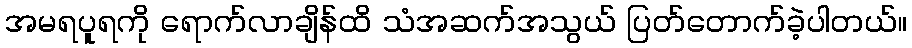
အမရပူရကို ရောက်လာချိန်ထိ သံအဆက်အသွယ် ပြတ်တောက်ခဲ့ပါတယ်။